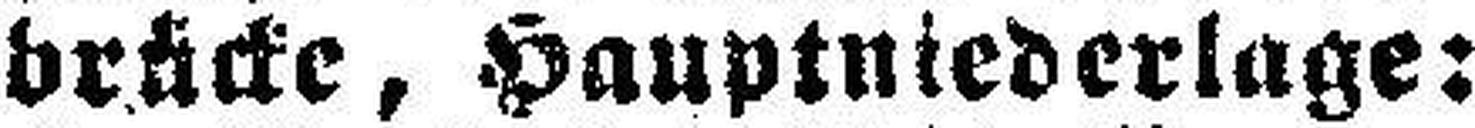
brücke, Hauptniederlage: